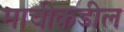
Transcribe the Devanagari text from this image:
माचीकडील